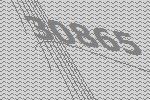
30865